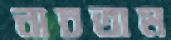
নাচতাম